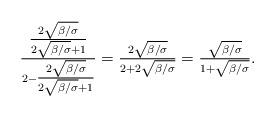
LaTeX: \begin{align*}\tfrac{\tfrac{2\sqrt{\beta/\sigma}}{2\sqrt{\beta/\sigma}+1}}{2-\tfrac{2\sqrt{\beta/\sigma}}{2\sqrt{\beta/\sigma}+1}}=\tfrac{2\sqrt{\beta/\sigma}}{2+2\sqrt{\beta/\sigma}}=\tfrac{\sqrt{\beta/\sigma}}{1+\sqrt{\beta/\sigma}}.\end{align*}